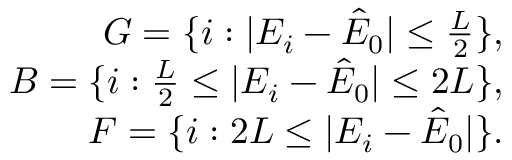
\begin{array} { r } { G = \{ i : | E _ { i } - \hat { E } _ { 0 } | \leq \frac { L } { 2 } \} , } \\ { B = \{ i : \frac { L } { 2 } \leq | E _ { i } - \hat { E } _ { 0 } | \leq 2 L \} , } \\ { F = \{ i : 2 L \leq | E _ { i } - \hat { E } _ { 0 } | \} . } \end{array}